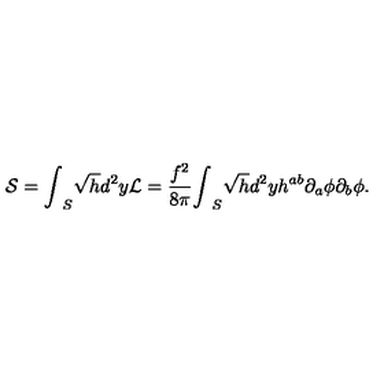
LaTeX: { \cal S } = { \int } _ { S } \sqrt { h } d ^ { 2 } y { \cal L } = \frac { f ^ { 2 } } { 8 { \pi } } { \int } _ { S } \sqrt { h } d ^ { 2 } y h ^ { a b } { \partial } _ { a } { \phi } { \partial } _ { b } { \phi } .